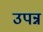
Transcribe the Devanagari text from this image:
उपन्न